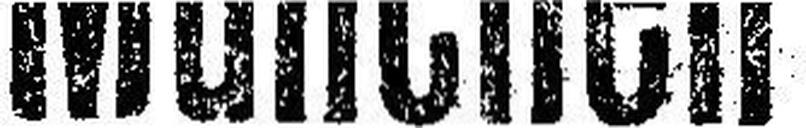
München